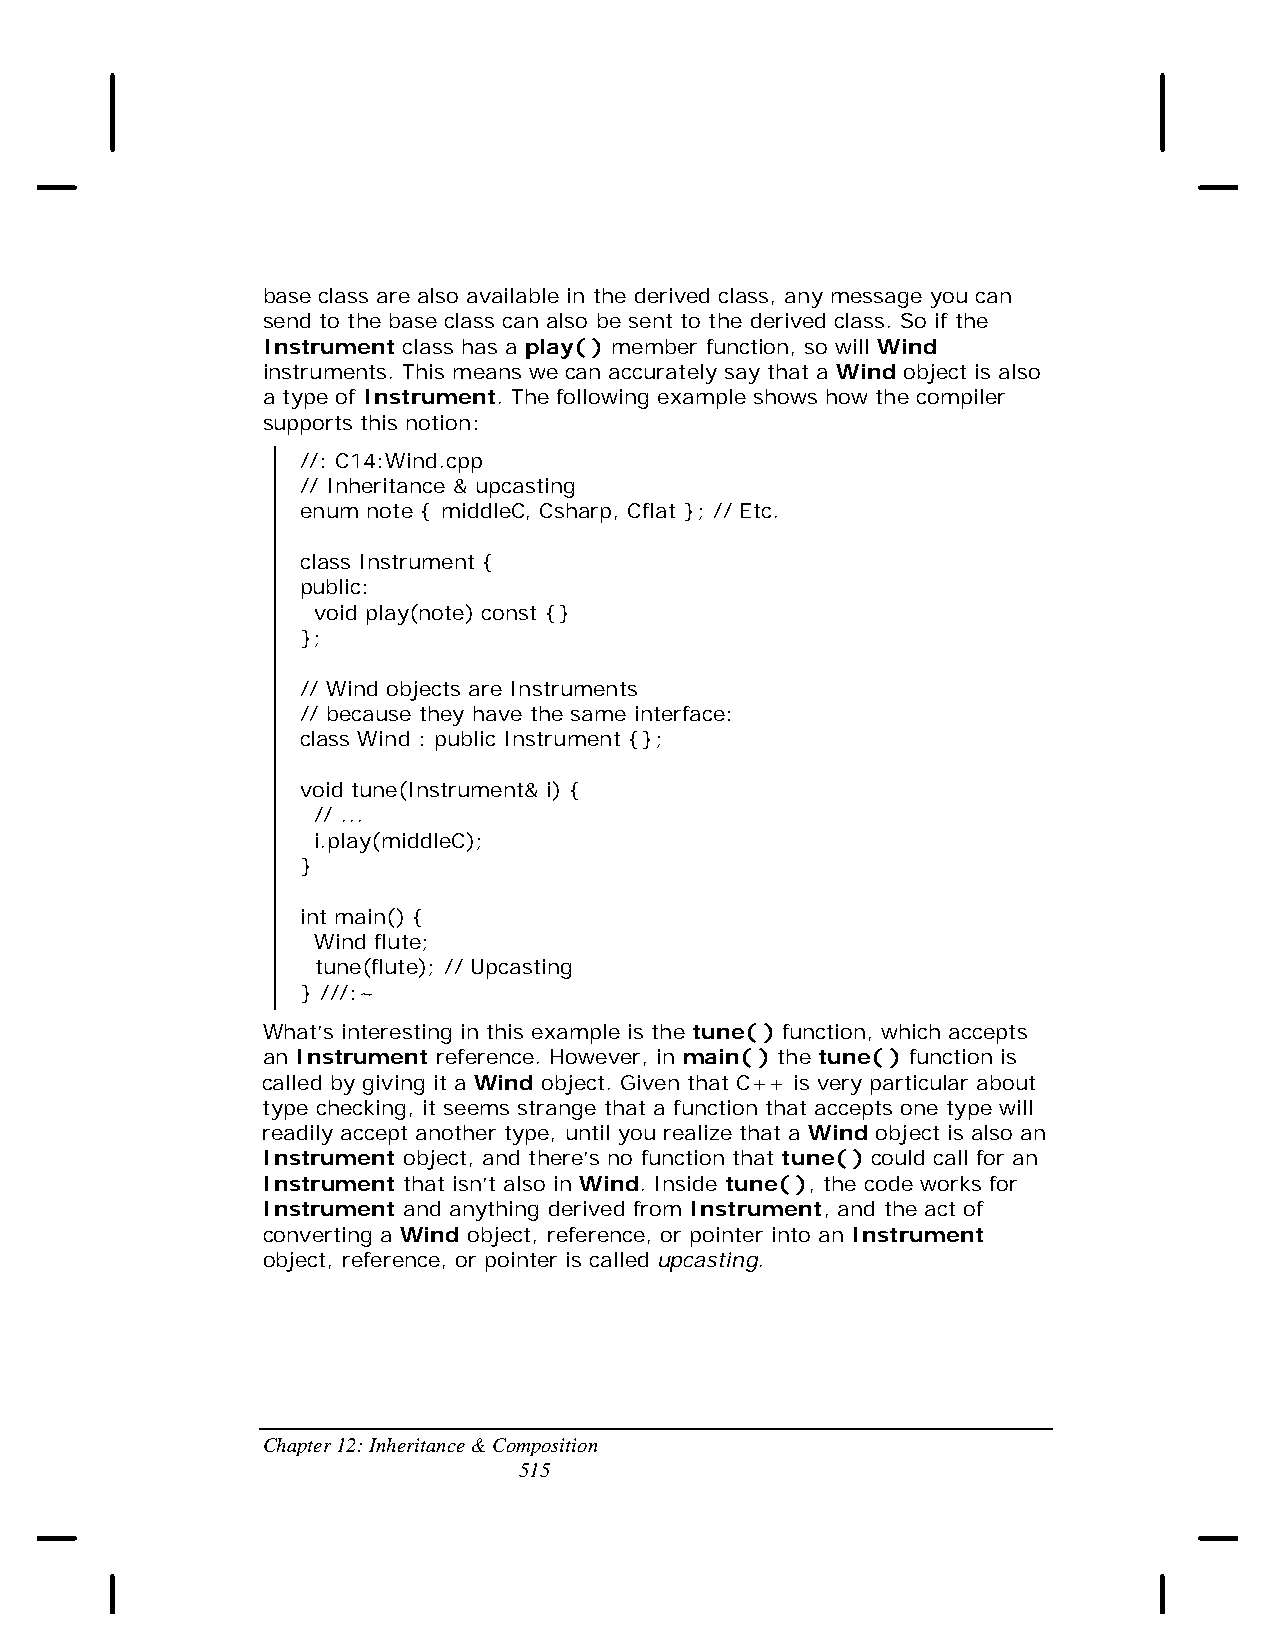
base class are also available in the derived class, any message you can
 send to the base class can also be sent to the derived class. So if the
 Instrument class has a play( ) member function, so will Wind
 instruments. This means we can accurately say that a Wind object is also
 a type of Instrument. The following example shows how the compiler
 supports this notion:
 //: C14:Wind.cpp
 // Inheritance & upcasting
 enum note { middleC, Csharp, Cflat }; // Etc.
 class Instrument {
 public:
 void play(note) const {}
 };
 // Wind objects are Instruments
 // because they have the same interface:
 class Wind : public Instrument {};
 void tune(Instrument& i) {
 // ...
 i.play(middleC);
 }
 int main() {
 Wind flute;
 tune(flute); // Upcasting
 } ///:~
 What’s interesting in this example is the tune( ) function, which accepts
 an Instrument reference. However, in main( ) the tune( ) function is
 called by giving it a Wind object. Given that C++ is very particular about
 type checking, it seems strange that a function that accepts one type will
 readily accept another type, until you realize that a Wind object is also an
 Instrument object, and there’s no function that tune( ) could call for an
 Instrument that isn’t also in Wind. Inside tune( ), the code works for
 Instrument and anything derived from Instrument, and the act of
 converting a Wind object, reference, or pointer into an Instrument
 object, reference, or pointer is called upcasting.
 Chapter 12: Inheritance & Composition
 515